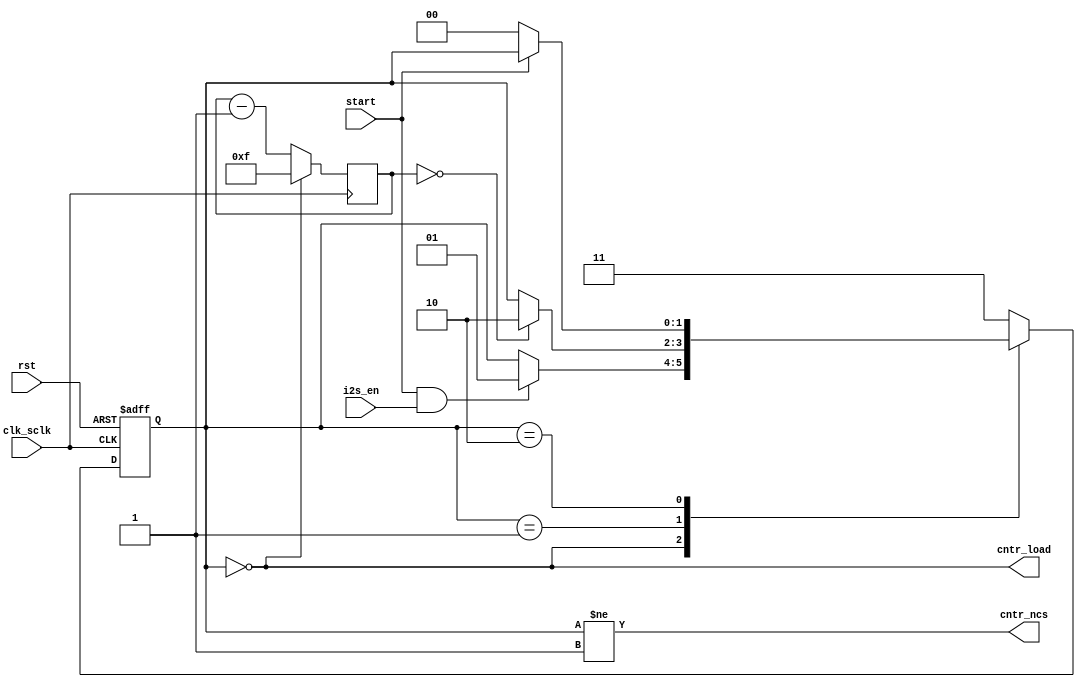
`timescale 1ns / 1ps
//////////////////////////////////////////////////////////////////////////////////
// Company: 
// Engineer: 
// 
// Design Name: 
// Module Name:    PmodI2S_FSM 
// Project Name: 
// Target Devices: 
// Tool versions: 
// Description: 
//
// Dependencies: 
//
// Revision: 
// Revision 0.01 - File Created
// Additional Comments: 
//
//////////////////////////////////////////////////////////////////////////////////
module PmodI2S_FSM(
	 input start,
	 input i2s_en,
	 input clk_sclk,
	 input rst,
	 output cntr_ncs,
	 output cntr_load
    );
	 
	 reg[1:0] state, nextstate;
	 reg[3:0] cnt;
	 parameter[1:0] IDLE = 2'b00, SHIFT = 2'b01, DONE = 2'b10, X = 2'b11;
	 
	 assign cntr_ncs = state != SHIFT;
	 assign cntr_load = state == IDLE;
	 
	 always@(negedge clk_sclk) begin
		if(state == IDLE) cnt <= 4'b1111;
		else cnt <= cnt - 1'b1;
	 end
	 
	 always@(*) begin
		case(state)
			IDLE: nextstate = (start&&i2s_en?SHIFT:state);
			SHIFT: nextstate = (!cnt?DONE:state);
			DONE: nextstate = (start?state:IDLE);
			default: nextstate = X;
		endcase
	 end
	 
	 always@(negedge clk_sclk or posedge rst) begin
		if(rst) state <= IDLE;
		else state <= nextstate;
	 end
	 
endmodule